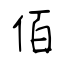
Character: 佰